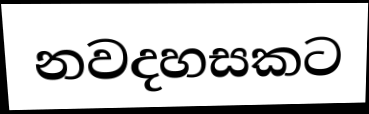
නවදහසකට